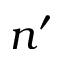
n ^ { \prime }